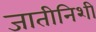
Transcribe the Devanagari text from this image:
जातीनिशी